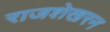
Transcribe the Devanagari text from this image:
राजशेखरन